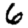
Digit: 6